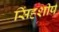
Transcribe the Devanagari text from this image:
सिंहशीर्ष